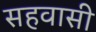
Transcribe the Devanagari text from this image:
सहवासी